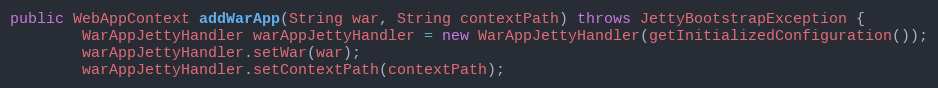
Language: Java
public WebAppContext addWarApp(String war, String contextPath) throws JettyBootstrapException {
        WarAppJettyHandler warAppJettyHandler = new WarAppJettyHandler(getInitializedConfiguration());
        warAppJettyHandler.setWar(war);
        warAppJettyHandler.setContextPath(contextPath);